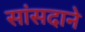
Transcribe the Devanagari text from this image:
सांसदाने